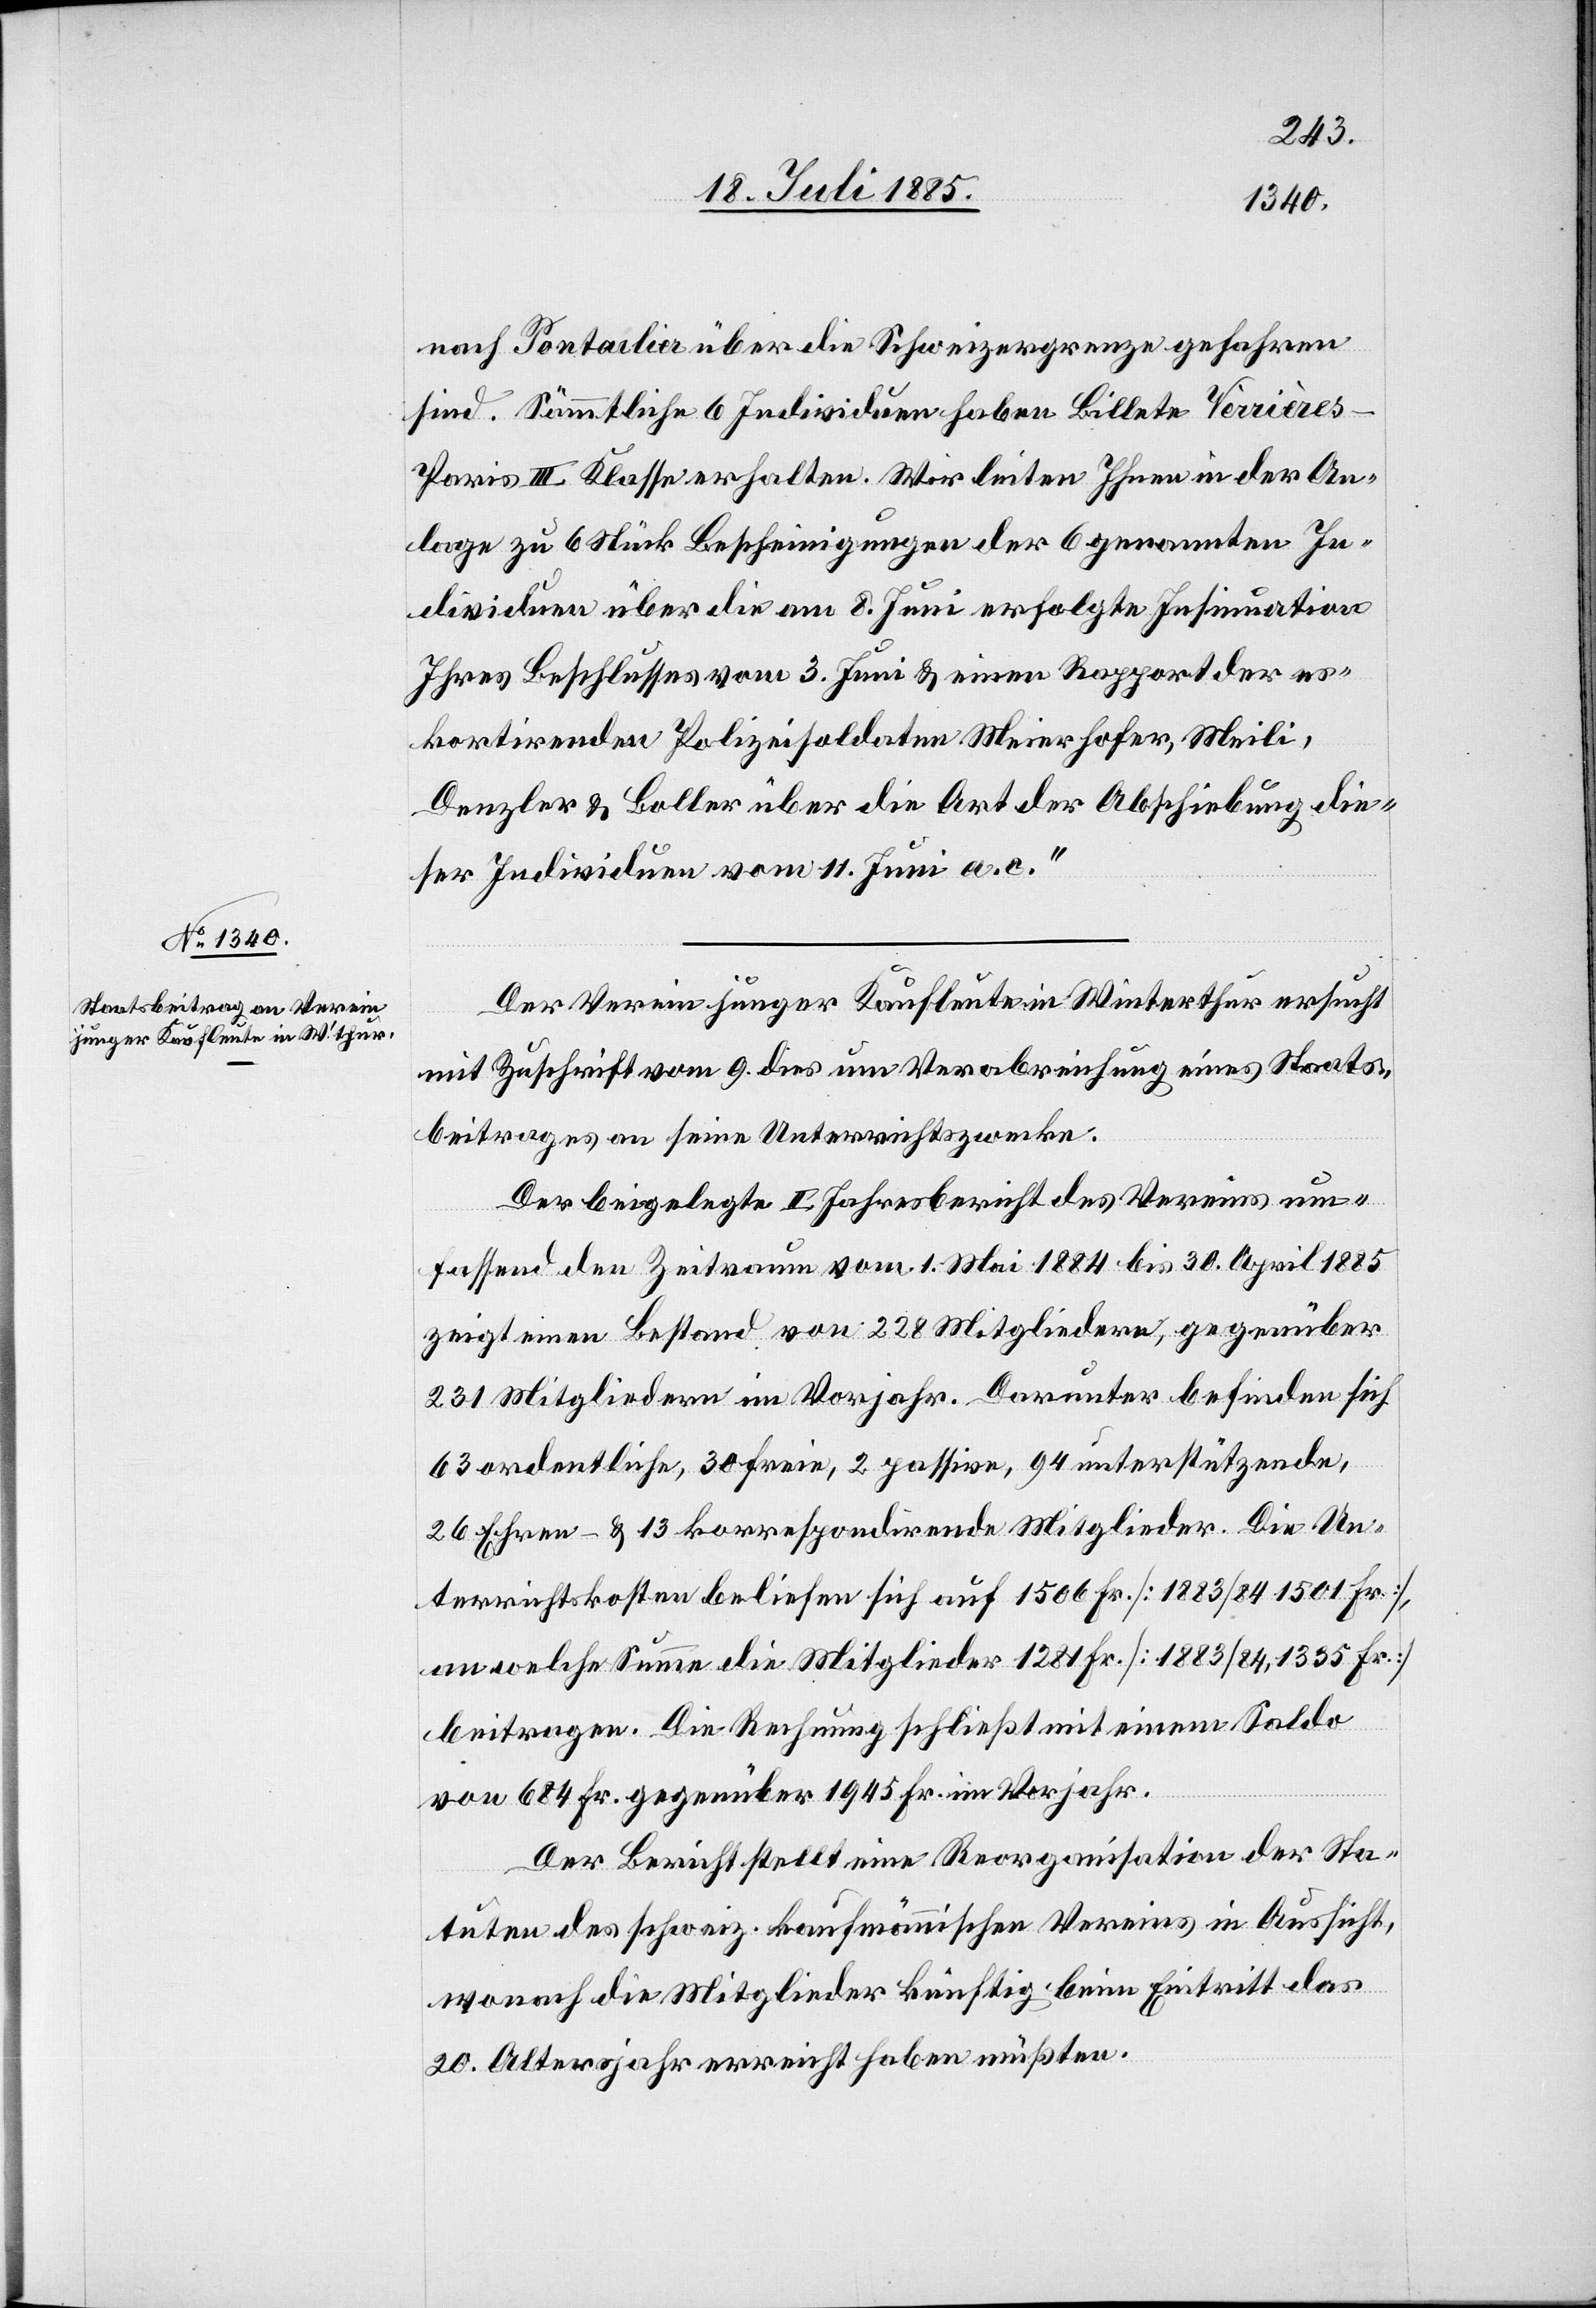
nach Pontarlier über die Schweizergrenze gefahren
sind. Sämmtliche 6 Individuen haben Billete Vèrrière¬
s–Paris III. Klasse erhalten. Wir leiten Ihnen in der An¬
lage zu 6 Stück Bescheinigungen der 6 genannten In¬
dividuen über die am 8. Juni erfolgte Insumation
Ihres Beschlusses vom 3. Juni & einen Rapport der es¬
kortirenden Polizeisoldaten Meierhofer, Meili,
Denzler & Boller über die Art der Abschiebung die¬
ser Individuen vom 11. Juni a. c.“
Der Verein junger Kaufleute in Winterthur ersucht
mit Zuschrift vom 9. dies um Verabreichung eines Staats¬
beitrages an seine Unterrichtszwecke.
Der beigelegte II. Jahresbericht des Vereins um¬
fassend den Zeitraum vom 1. Mai 1884 bis 30. April 1885
zeigt einen Bestand von 228 Mitgliedern, gegenüber
231 Mitgliedern im Vorjahr. Darunter befinden sich
63 ordentliche, 30 freie, 2 passive, 94 unterstützende,
26 Ehren- & 13 korrespondirende Mitglieder. Die Un¬
terrichtskosten beliefen sich auf 1506 Fr. [1883/84 1501 Fr.],
an welche Summe die Mitglieder 1281 Fr. [1883/84, 1335 Fr.]
beitragen. Die Rechnung schließt mit einem Saldo
von 684 Fr. gegenüber 1945 Fr. im Vorjahr.
Der Bericht stellt eine Reorganisation der Sta¬
tuten des schweiz. kaufmännischen Vereins in Aussicht,
wonach die Mitglieder künftig beim Eintritt das
20. Altersjahr erreicht haben müßten.